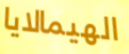
الهيمالايا